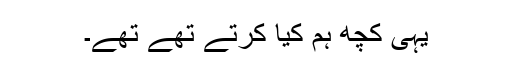
یہی کچھ ہم کیا کرتے تھے تھے۔